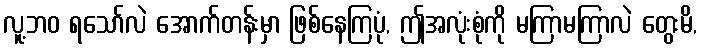
လူ့ဘဝ ရသော်လဲ အောက်တန်းမှာ ဖြစ်နေကြပုံ, ဤအလုံးစုံကို မကြာမကြာလဲ တွေးမိ,